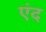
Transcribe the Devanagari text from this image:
एंद